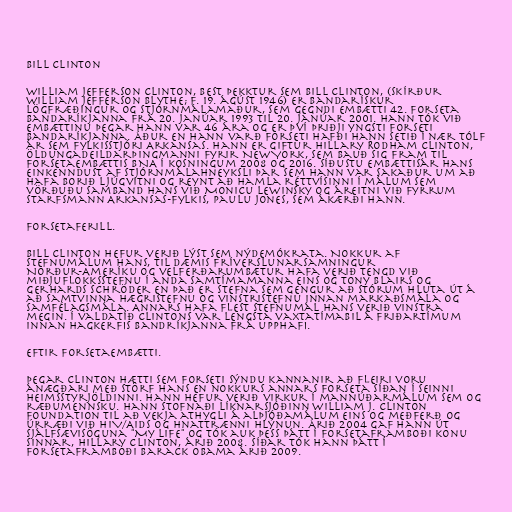
Bill Clinton

William Jefferson Clinton, best þekktur sem Bill Clinton, (skírður
William Jefferson Blythe; f. 19. ágúst 1946) er bandarískur
lögfræðingur og stjórnmálamaður, sem gegndi embætti 42. forseta
Bandaríkjanna frá 20. janúar 1993 til 20. janúar 2001. Hann tók við
embættinu þegar hann var 46 ára og er því þriðji yngsti forseti
Bandaríkjanna. Áður en hann varð forseti hafði hann setið í nær tólf
ár sem fylkisstjóri Arkansas. Hann er giftur Hillary Rodham Clinton,
öldungadeildarþingmanni fyrir New York, sem bauð sig fram til
forsetaembættis BNA í kosningum 2008 og 2016. Síðustu embættisár hans
einkenndust af stjórnmálahneyksli þar sem hann var sakaður um að
hafa borið ljúgvitni og reynt að hamla réttvísinni í málum sem
vörðuðu samband hans við Monicu Lewinsky og áreitni við fyrrum
starfsmann Arkansas-fylkis, Paulu Jones, sem ákærði hann.

Forsetaferill.

Bill Clinton hefur verið lýst sem nýdemókrata. Nokkur af
stefnumálum hans, til dæmis fríverslunarsamningur
Norður-Ameríku og velferðarumbætur hafa verið tengd við
miðjuflokksstefnu í anda samtímamanna eins og Tony Blairs og
Gerhards Schröder en það er stefna sem gengur að stórum hluta út á
að samtvinna hægristefnu og vinstristefnu innan markaðsmála og
samfélagsmála. Annars hafa flest stefnumál hans verið vinstra
megin. Í valdatíð Clintons var lengsta vaxtatímabil á friðartímum
innan hagkerfis Bandríkjanna frá upphafi.

Eftir forsetaembætti.

Þegar Clinton hætti sem forseti sýndu kannanir að fleiri voru
ánægðari með störf hans en nokkurs annars forseta síðan í Seinni
heimsstyrjöldinni. Hann hefur verið virkur í mannúðarmálum sem og
ræðumennsku. Hann stofnaði líknarsjóðinn William J. Clinton
Foundation til að vekja athygli á alþjóðamálum eins og meðferð og
úrræði við HIV/AIDS og hnattrænni hlýnun. Árið 2004 gaf hann út
sjálfsævisöguna "My Life" og tók auk þess þátt í forsetaframboði konu
sinnar, Hillary Clinton, árið 2008. Síðar tók hann þátt í
forsetaframboði Barack Obama árið 2009.